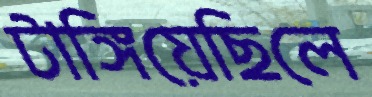
টাঙ্গিয়েছিলে